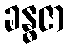
ခန္ဓဇာ